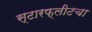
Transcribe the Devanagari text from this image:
स्टारफ्लीटचा